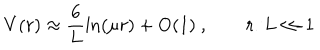
LaTeX: V ( r ) \approx \frac { 6 } { L } \ln ( \mu r ) + \mathrm { O } ( 1 ) \ , \qquad r / L \ll 1